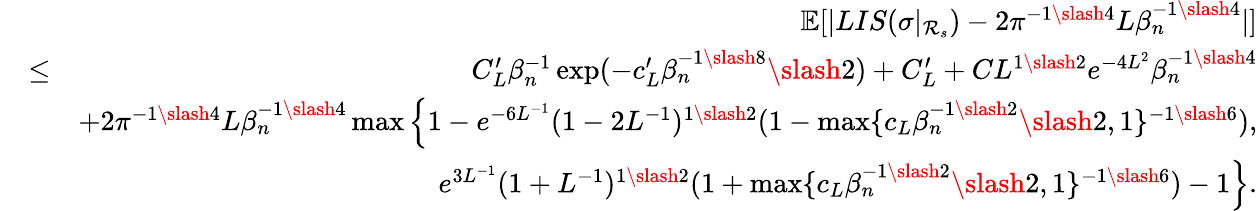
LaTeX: \begin{array}{rlr}&{}&{\mathbb{E}[|LIS(\sigma|_{\mathcal{R}_{s}})-2\pi^{-1\slash 4}L\beta_{n}^{-1\slash 4}|]}\\ &{\leq}&{C_{L}^{\prime}\beta_{n}^{-1}\exp(-c_{L}^{\prime}\beta_{n}^{-1\slash 8}\slash 2)+C_{L}^{\prime}+CL^{1\slash 2}e^{-4L^{2}}\beta_{n}^{-1\slash 4}}\\ &{}&{+2\pi^{-1\slash 4}L\beta_{n}^{-1\slash 4}\operatorname*{max}\Big\{ 1-e^{-6L^{-1}}(1-2L^{-1})^{1\slash 2}(1-\operatorname*{max}\{ c_{L}\beta_{n}^{-1\slash 2}\slash 2,1\} ^{-1\slash 6}),}\\ &{}&{\quad\quad\quad\quad\quad\quad\quad e^{3L^{-1}}(1+L^{-1})^{1\slash 2}(1+\operatorname*{max}\{ c_{L}\beta_{n}^{-1\slash 2}\slash 2,1\} ^{-1\slash 6})-1\Big\} .}\end{array}